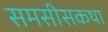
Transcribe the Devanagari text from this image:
समसीसकथा